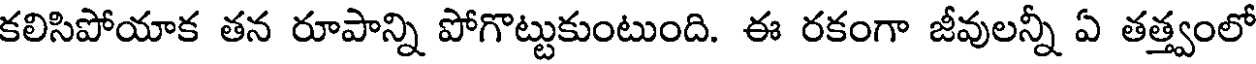
కలిసిపోయాక తన రూపాన్ని పోగొట్టుకుంటుంది. ఈ రకంగా జీవులన్నీ ఏ తత్త్వంలో